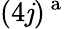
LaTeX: (4\mathit{j})^{\mathrm{{~a~}}}